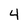
Character: 4